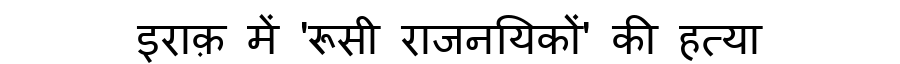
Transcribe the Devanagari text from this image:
इराक़ में 'रूसी राजनयिकों' की हत्या